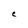
Character: C